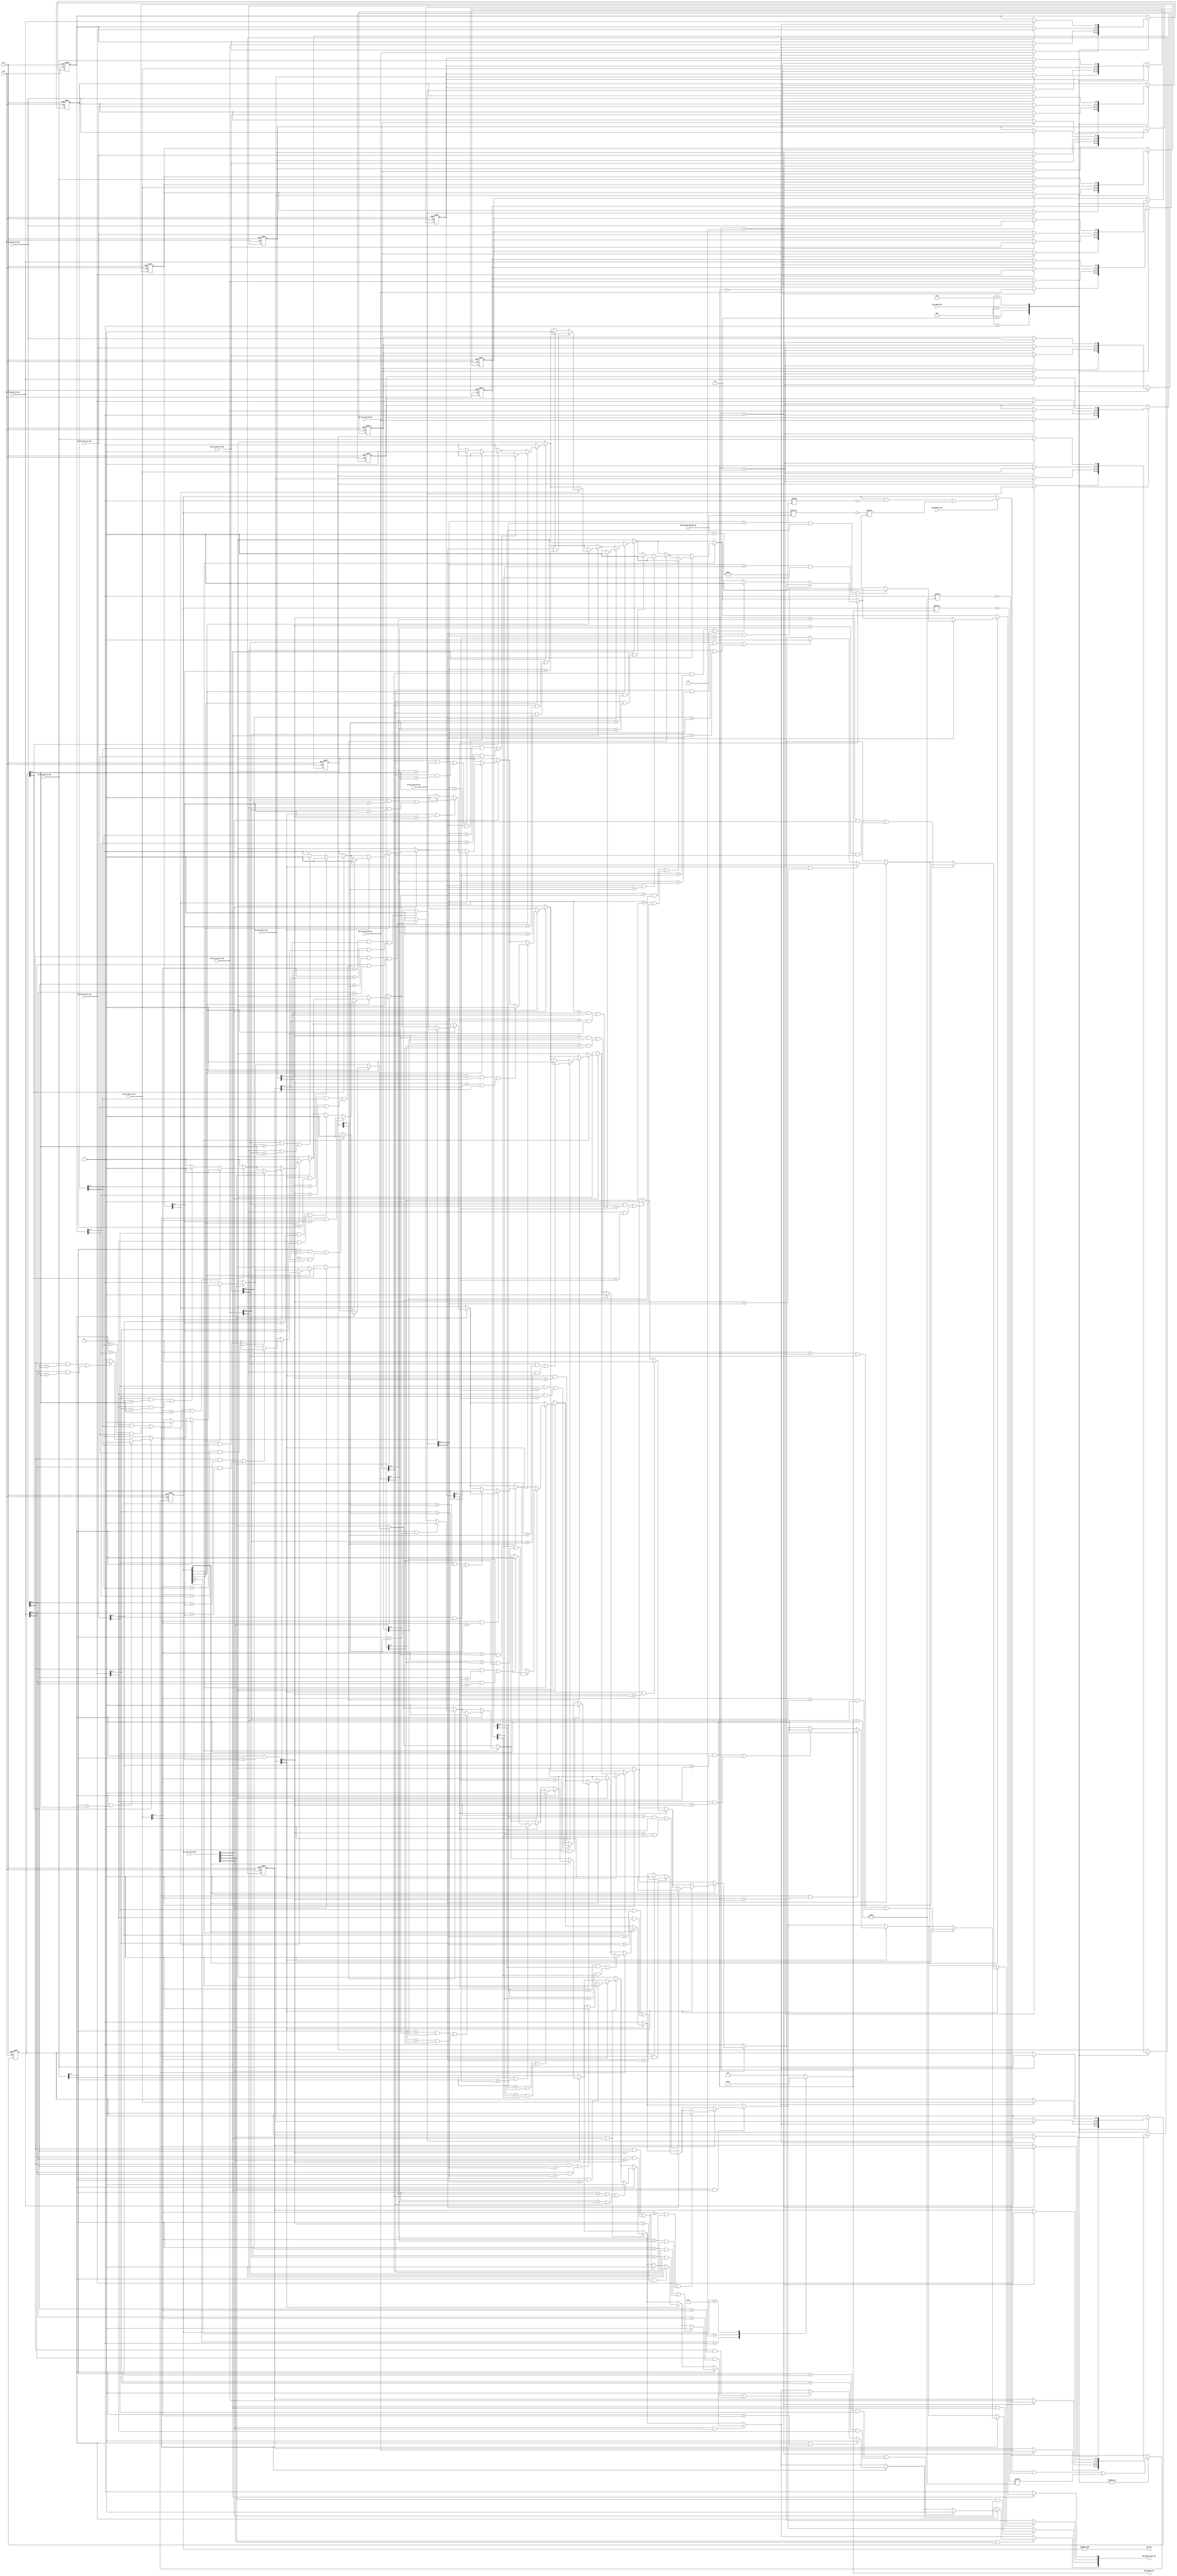
`timescale 1ns/100ps
module ScoreBoard_Warp(
    input clk,
    input rst_n,
    //////////////////
    //interface with I_Buffer
    input [3:0] IB_Inst_Valid_SB,//indicate the validity of the instruction in each entry of IB
    input [5:0] IB_Src1_Entry0_SB,
    input [5:0] IB_Src1_Entry1_SB,
    input [5:0] IB_Src1_Entry2_SB,
    input [5:0] IB_Src1_Entry3_SB,
    input [5:0] IB_Src2_Entry0_SB,
    input [5:0] IB_Src2_Entry1_SB,
    input [5:0] IB_Src2_Entry2_SB,
    input [5:0] IB_Src2_Entry3_SB,//RAW 
    input [5:0] IB_Dst_Entry0_SB,//WAR, WAW
    input [5:0] IB_Dst_Entry1_SB,
    input [5:0] IB_Dst_Entry2_SB,
    input [5:0] IB_Dst_Entry3_SB,
    input [3:0] IB_Issued_SB,//notify which instruction will be issued at the next clock edge
    output reg [3:0] SB_Ready_Issue_IB,//to cut off the combinational path, when the instruction in IB are ready to issue, we first set the ready bit in IB to 1, then send request to issue unit
    //So the send request is sent from IB, not ScoreBoard
    //In this case multiple entry can be set to ready at the same time
    output SB_Full,
    ///////////////////////////
    //interface with OC
    output reg [1:0] SB_EntNum_OC,//when an instruction is issued to operand collector, it will be recorded into SB, and the entry number of this newly occupied entry will also be sent to the OC, 
    //when the isntruction comes out from the ALU, it can release the entry of SB according to this number
    /////////////////////////
    //interface with WB
    input WB_Release_SB,
    input [1:0] WB_Release_EntNum_SB
); 
    integer i,j;
    //since we hope to use the entry number to release the entry when the recorded instruction comes out from the ALU, so the contents in the SB cannot shift as the same as IB
    ////////////////////////////
    wire [5:0] IB_Src1_SB [3:0];
    wire [5:0] IB_Src2_SB [3:0];
    wire [5:0] IB_Dst_SB [3:0];
    assign IB_Src1_SB[0]=IB_Src1_Entry0_SB;
    assign IB_Src1_SB[1]=IB_Src1_Entry1_SB;
    assign IB_Src1_SB[2]=IB_Src1_Entry2_SB;
    assign IB_Src1_SB[3]=IB_Src1_Entry3_SB;
    assign IB_Src2_SB[0]=IB_Src2_Entry0_SB;
    assign IB_Src2_SB[1]=IB_Src2_Entry1_SB;
    assign IB_Src2_SB[2]=IB_Src2_Entry2_SB;
    assign IB_Src2_SB[3]=IB_Src2_Entry3_SB;
    assign IB_Dst_SB[0]=IB_Dst_Entry0_SB;
    assign IB_Dst_SB[1]=IB_Dst_Entry1_SB;
    assign IB_Dst_SB[2]=IB_Dst_Entry2_SB;
    assign IB_Dst_SB[3]=IB_Dst_Entry3_SB;
    ////////////////////////////
    reg [3:0] SB_Valid;
    reg [5:0] SB_Src1_reg [3:0];
    reg [5:0] SB_Src2_reg [3:0];
    reg [5:0] SB_Dst_reg [3:0];
    ///////////////////////////////
    assign SB_Full=&SB_Valid;//even if currently a release signal is sent from WB stage, the FULL signal will keep 1 during this clock, and goes to 0 after the next clock edge
    ///////////////////////////////
    always@(posedge clk, negedge rst_n)begin
        if(!rst_n)begin
            SB_Valid<='b0;
            for(i=0;i<4;i=i+1)begin
                SB_Src1_reg [i]<='bx;
                SB_Src2_reg [i]<='bx;
                SB_Dst_reg [i]<='bx;
            end
        end else begin
            //release a occupied entry
            if(WB_Release_SB)begin
                SB_Valid[WB_Release_EntNum_SB]<=!SB_Valid[WB_Release_EntNum_SB];
            end
            ////////////////////
            //record new instruction in SB
            case(IB_Issued_SB)
                4'b0001:begin
                    SB_Valid[SB_EntNum_OC]<=!SB_Valid[SB_EntNum_OC];
                    SB_Src1_reg [SB_EntNum_OC]<=IB_Src1_SB[0];
                    SB_Src2_reg [SB_EntNum_OC]<=IB_Src2_SB[0];
                    SB_Dst_reg [SB_EntNum_OC]<=IB_Dst_SB[0];
                end
                4'b0010:begin
                    SB_Valid[SB_EntNum_OC]<=!SB_Valid[SB_EntNum_OC];
                    SB_Src1_reg [SB_EntNum_OC]<=IB_Src1_SB[1];
                    SB_Src2_reg [SB_EntNum_OC]<=IB_Src2_SB[1];
                    SB_Dst_reg [SB_EntNum_OC]<=IB_Dst_SB[1];
                end
                4'b0100:begin
                    SB_Valid[SB_EntNum_OC]<=!SB_Valid[SB_EntNum_OC];
                    SB_Src1_reg [SB_EntNum_OC]<=IB_Src1_SB[2];
                    SB_Src2_reg [SB_EntNum_OC]<=IB_Src2_SB[2];
                    SB_Dst_reg [SB_EntNum_OC]<=IB_Dst_SB[2];
                end
                4'b1000:begin
                    SB_Valid[SB_EntNum_OC]<=!SB_Valid[SB_EntNum_OC];
                    SB_Src1_reg [SB_EntNum_OC]<=IB_Src1_SB[3];
                    SB_Src2_reg [SB_EntNum_OC]<=IB_Src2_SB[3];
                    SB_Dst_reg [SB_EntNum_OC]<=IB_Dst_SB[3];
                end
            endcase
        end
    end
    /////////////////////////////////////
    //always block generating SB_EntNum_OC
    always@(*)begin
        casez(SB_Valid)
            4'bzz01:SB_EntNum_OC=2'b01;
            4'bz011:SB_EntNum_OC=2'b10;
            4'b0111:SB_EntNum_OC=2'b11;
            default:SB_EntNum_OC=2'b00;//default assignment 
            //once the IB issued an instruction to OC, the OC accepts the entry number sent from SB
        endcase
    end
    /////////////////////////////////////
    //combinational logic to check potential RAW, WAW, WAR hazards and generate send
    always@(*)begin
        SB_Ready_Issue_IB=4'b1111;
        //for evaluate IB entry 0-3
        //the hazard check between the isntructions in SB and IB
        for(j=0;j<4;j=j+1)begin
            if(IB_Inst_Valid_SB[j])begin//IB entry0-3
                for(i=0;i<4;i=i+1)begin//SB entry 0-3
                    if(SB_Valid[i])begin
                        if(SB_Dst_reg[i][5])begin
                            //RAW
                            if(IB_Src1_SB[j][5]&&IB_Src1_SB[j][4:0]==SB_Dst_reg[i][4:0]||IB_Src2_SB[j][5]&&IB_Src2_SB[j][4:0]==SB_Dst_reg[i][4:0])begin
                                SB_Ready_Issue_IB[j]=1'b0;
                            end
                            //WAW
                            if(IB_Dst_SB[j][5]&&IB_Dst_SB[j][4:0]==SB_Dst_reg[i][4:0])begin
                                SB_Ready_Issue_IB[j]=1'b0;
                            end
                        end
                        //WAR
                        if(IB_Dst_SB[j][5])begin
                            if(IB_Dst_SB[j][4:0]==SB_Src1_reg[i][4:0]&&SB_Src1_reg[i][5]||IB_Dst_SB[j][4:0]==SB_Src2_reg[i][4:0]&&SB_Src2_reg[i][5])begin
                                SB_Ready_Issue_IB[j]=1'b0;
                            end
                        end
                    end 
                end
            end
        end
        //NOTE: one thing need to note is that besides the potential hazard between the instructions in IB and the instructions being processing,
        //we also have to the check the data dependency between the instructions in IB
        //entry0 don't need this check, since it is the most senior instruction in IB
        //entry1 checks entry0
        //entry2->entry0 1
        //entry3->entry0 1 2
        for(j=1;j<4;j=j+1)begin
            for(i=0;i<j;i=i+1)begin
                if(IB_Inst_Valid_SB[j]&&IB_Inst_Valid_SB[i])begin
                    if(IB_Dst_SB[i][5])begin
                        //RAW
                        if(IB_Src1_SB[j][5]&&IB_Src1_SB[j][4:0]==IB_Dst_SB[i][4:0]||IB_Src2_SB[j][5]&&IB_Src2_SB[j][4:0]==IB_Dst_SB[i][4:0])begin
                            SB_Ready_Issue_IB[j]=1'b0;
                        end
                        //WAW
                        if(IB_Dst_SB[j][5]&&IB_Dst_SB[j][4:0]==IB_Dst_SB[i][4:0])begin
                            SB_Ready_Issue_IB[j]=1'b0;
                        end
                    end
                    //WAR
                    if(IB_Dst_SB[j][5])begin
                        if(IB_Dst_SB[j][4:0]==IB_Src1_SB[i][4:0]&&IB_Src1_SB[i][5]||IB_Dst_SB[j][4:0]==IB_Src2_SB[i][4:0]&&IB_Src2_SB[i][5])begin
                            SB_Ready_Issue_IB[j]=1'b0;
                        end
                    end
                end
            end
        end
    end
endmodule